Vaccination in Bombay 1869-1873 - 1869-1873
Year: 1869
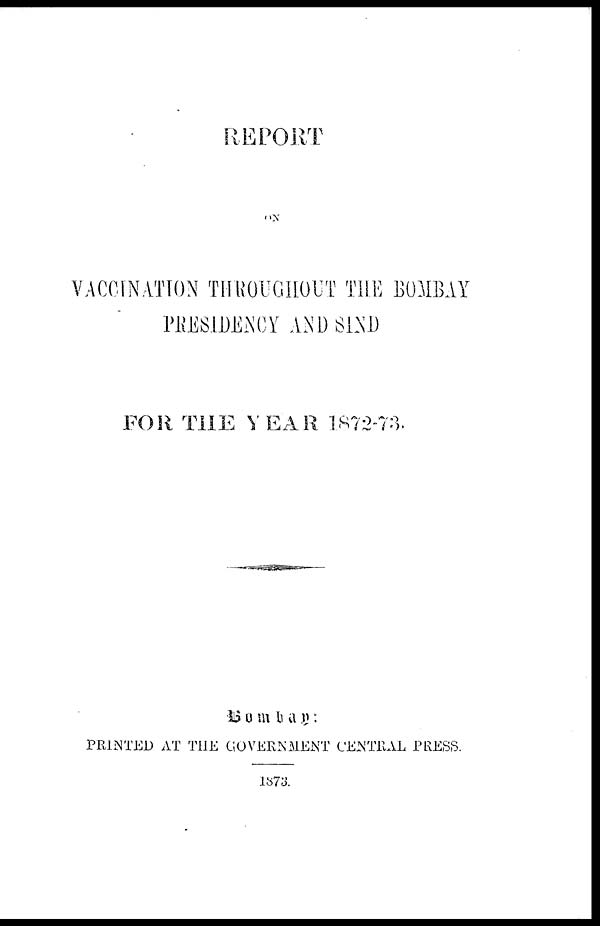
REPORT
ON
VACCINATION THROUGHOUT THE BOMBAY
PRESIDENCY AND SIND
FOR THE YEAR 1872-73.
Bombay :
PRINTED AT THE GOVERNMENT CENTRAL PRESS.
1873.